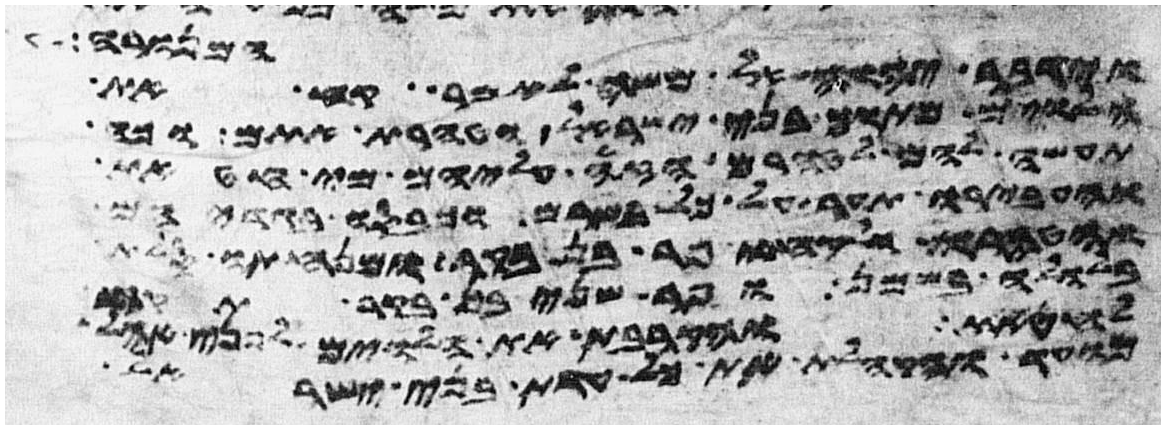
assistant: המנורה
וידבר יהוה אל משה לאמר קח את
הלוים מתוך בני ישראל וטהרת אתם וכה
תעשה להם לטהרם הזי עליהם מי חטאת
והעבירו תער על כל בשרם וכבסו בגדיהם
והטהרו ולקחו פר בן בקר ומנחתו סלת
בלולה בשמן ופר שני בן בקר תקח
לחטאת והקרבת את הלוים לפני אהל
מועד והקהלת את כל עדת בני ישראל